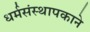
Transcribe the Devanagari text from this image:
धर्मसंस्थापकाने